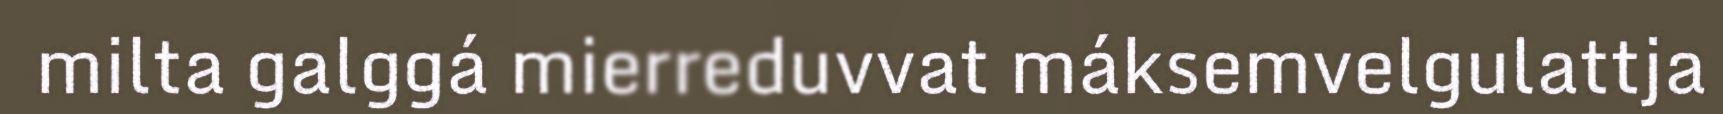
milta galggá mierreduvvat máksemvelgulattja